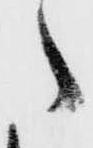
た